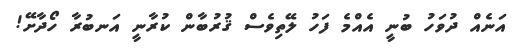
އަނެއް ދުވަހު ބުނީ އެއްމެ ފަހު ލޭތިވެސް ޤުރުބާން ކުރާނީ އަނބުރާ ހޯދާށޭ!